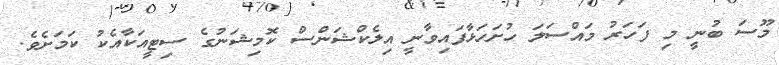
މޫސަ ބުނީ މި ފަހަރު މައްސަލަ ހުށަހަޅާފައިވާނީ އިލެކްޝަންސް ކޮމިޝަނުގެ ސިޓީއަކާއެކު ކަމަށެވެ.